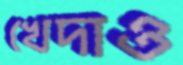
খেদাও